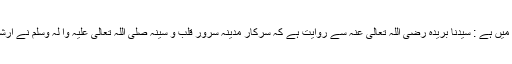
حدیثِ پاک میں ہے : سیّدنا بریدہ رَضِیَ اللّٰہُ تَعَالٰی عَنْہُ سے روایت ہے کہ سرکارِ مدینہ سُرورِ قلب و سینہ صَلَّی اللّٰہُ تَعَالٰی عَلَیْہِ وَاٰ لِہٖ وَسَلَّم نے ارشاد فرمایا :۔